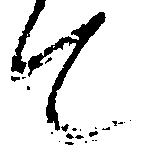
て